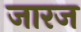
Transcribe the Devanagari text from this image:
जारज